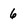
Character: 6